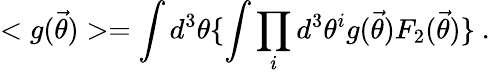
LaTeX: <g({\vec{\theta}})>=\int d^{3}\theta\{ \int\prod_{i}d^{3}\theta^{i}g({\vec{\theta}})F_{2}({\vec{\theta}})\} \ .